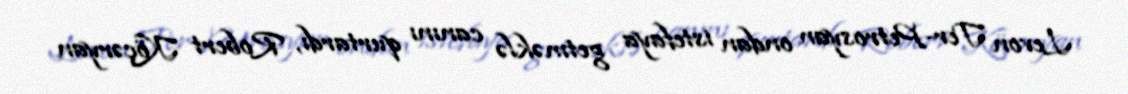
Levon Ter-Petrosyan ondan istefaya getməklə canını qurtardı, Robert Köçəryan